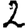
Digit: 2